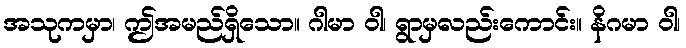
အသုကမှာ၊ ဤအမည်ရှိသော။ ဂါမာ ဝါ၊ ရွာမှလည်းကောင်း။ နိဂမာ ဝါ၊